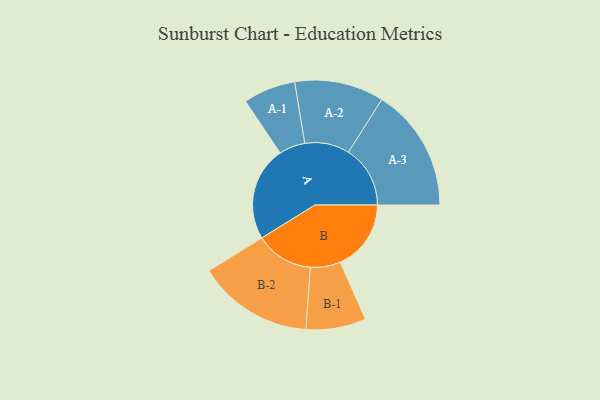
{"axis": {"x": "Segment", "y": "Value"}, "legend": ["", "A", "B"], "data": [{"x": "A", "y": 436, "type": ""}, {"x": "B", "y": 328, "type": ""}, {"x": "A-1", "y": 121, "type": "A"}, {"x": "A-2", "y": 207, "type": "A"}, {"x": "A-3", "y": 286, "type": "A"}, {"x": "B-1", "y": 139, "type": "B"}, {"x": "B-2", "y": 268, "type": "B"}]}